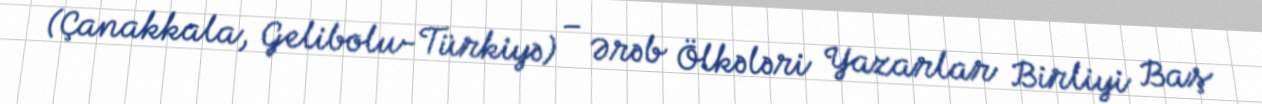
(Çanakkala, Gelibolu-Türkiyə) – Ərəb Ölkələri Yazarlar Birliyi Baş